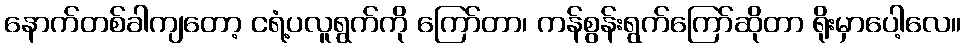
နောက်တစ်ခါကျတော့ ငရံ့ပလူရွက်ကို ကြော်တာ၊ ကန်စွန်းရွက်ကြော်ဆိုတာ ရိုးမှာပေါ့လေ။